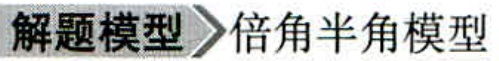
解题模型＞倍角半角模型